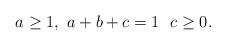
LaTeX: \begin{align*}a\geq 1,\ a+b+c=1\ \ c\geq 0.\end{align*}